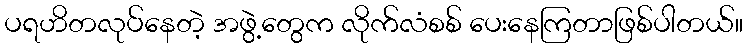
ပရဟိတလုပ်နေတဲ့ အဖွဲ့တွေက လိုက်လံစစ် ပေးနေကြတာဖြစ်ပါတယ်။